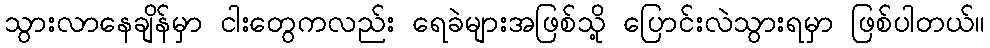
သွားလာနေချိန်မှာ ငါးတွေကလည်း ရေခဲများအဖြစ်သို့ ပြောင်းလဲသွားရမှာ ဖြစ်ပါတယ်။